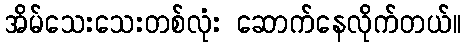
အိမ်သေးသေးတစ်လုံး ဆောက်နေလိုက်တယ်။